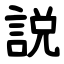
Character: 説